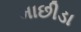
માછીડા